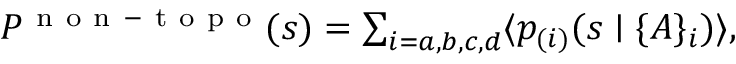
\begin{array} { r } { P ^ { \mathrm { ~ n ~ o ~ n ~ - ~ t ~ o ~ p ~ o ~ } } ( s ) = \sum _ { i = a , b , c , d } \langle p _ { ( i ) } ( s \mid \{ A \} _ { i } ) \rangle , } \end{array}